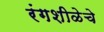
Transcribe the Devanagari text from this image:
रंगशीळेचे